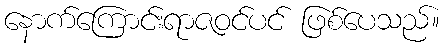
နောက်ကြောင်းရာဇဝင်ပင် ဖြစ်ပေသည်။